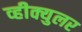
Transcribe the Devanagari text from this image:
व्हीक्युलर